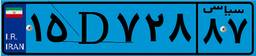
۶۸D۷۱۲۲۰